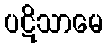
ပဋိသာမေ